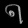
Digit: ၈